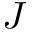
J